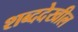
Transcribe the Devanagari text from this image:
शब्ददेखील